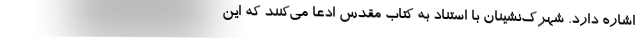
اشاره دارد. شهرک‌نشینان با استناد به کتاب مقدس ادعا می‌کنند که این